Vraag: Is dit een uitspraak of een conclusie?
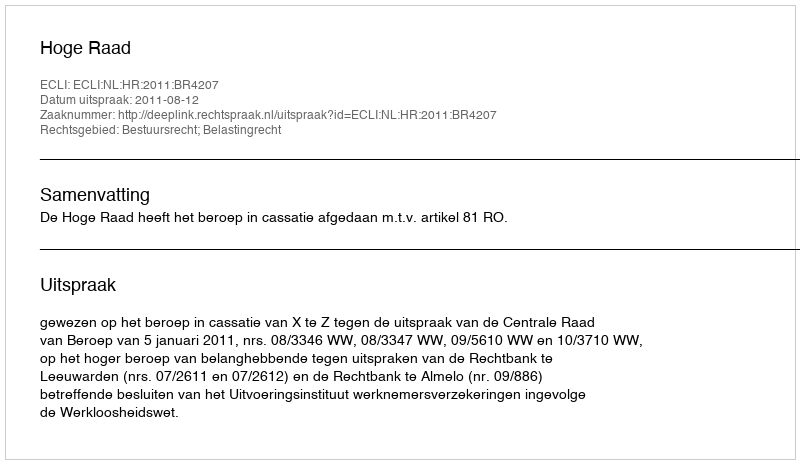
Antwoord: Uitspraak